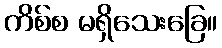
ကိစ်စ မရှိသေးခြေ။